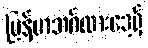
မြန်မာဘင်္ဂလားဒေ့ရှ်